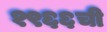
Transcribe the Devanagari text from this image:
१९६६ची